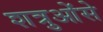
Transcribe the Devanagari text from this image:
शत्रुओंसे